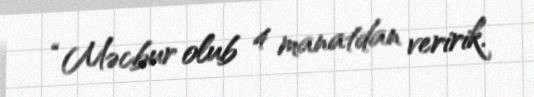
“Məcbur olub 4 manatdan veririk.